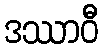
ဒဿာဝီ